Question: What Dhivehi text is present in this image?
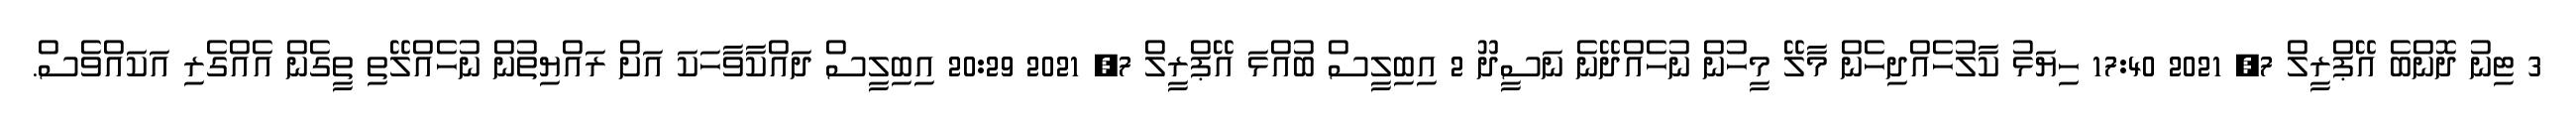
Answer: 3 ޓިނު ދޮންބެ އޭޕްރީލް 7, 2021 17:40 ހިޔަޅު ކާލުހެއްދިހެން މާލޭ މީހުން ނުހެއްދޭނެ ނަސީދޫ 2 އިބިލީސް ބުއްޅަ އޭޕްރީލް 7, 2021 20:29 އިބިލީސް ދައްކާވާހަކަ އަށް ރައްޔިތުން ނުހެއްލޭތި ތީގެން އެއްގެރި އަކައްވެސް.